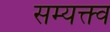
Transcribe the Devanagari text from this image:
सम्यक्त्व